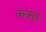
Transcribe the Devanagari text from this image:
कक्छ